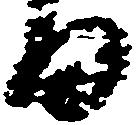
日